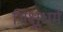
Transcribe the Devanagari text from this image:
भिक्षुधर्म